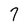
Character: 7